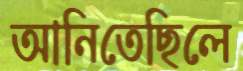
আনিতেছিলে